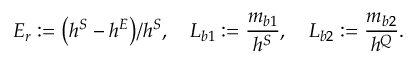
E _ { r } : = { \left( h ^ { S } - h ^ { E } \right) } / { h ^ { S } } , \quad L _ { b 1 } : = \frac { m _ { b 1 } } { h ^ { S } } , \quad L _ { b 2 } : = \frac { m _ { b 2 } } { h ^ { Q } } .